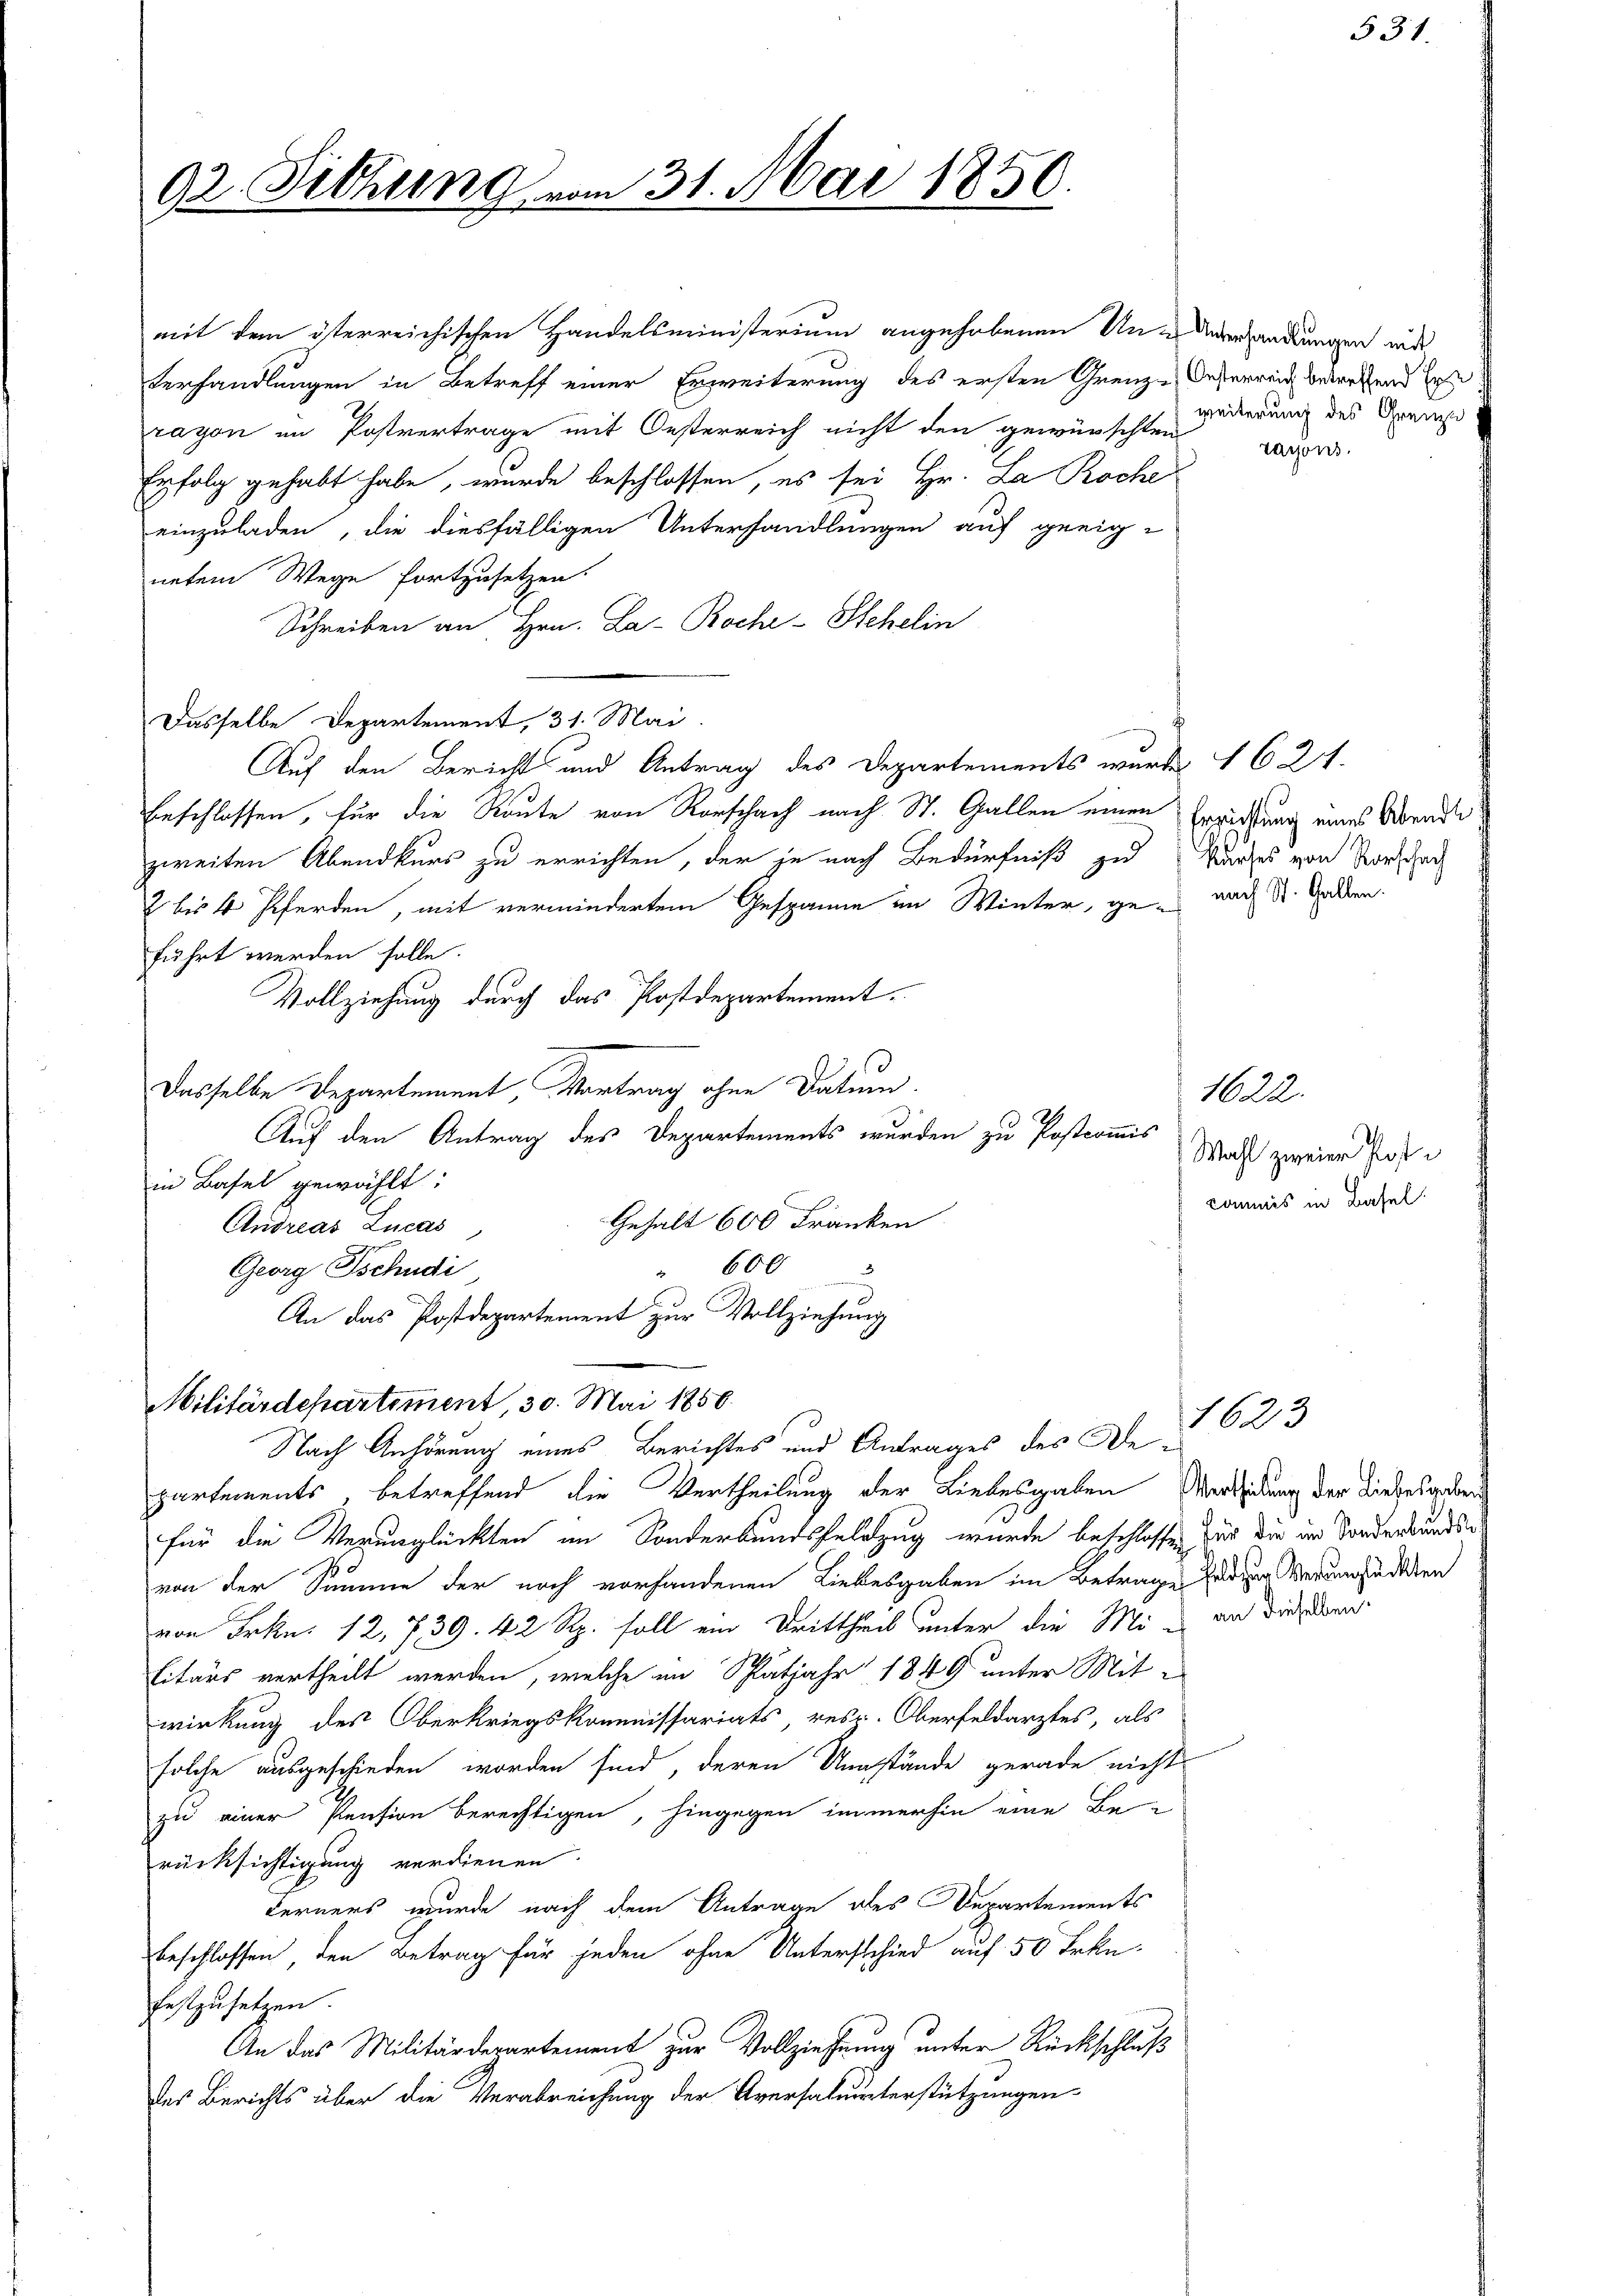
92. Sitzung vom 31. Mai 1850.

Nach Anhörung eines Berichtes und Antrages des Departements, betreffend die Vertheilung der Liebesgaben Vortheilung der Liebesgabends
für die Verunglückten im Sonderbundsfeldzug wurde beschlossen für die im Sonderbundsvon der Summe der noch vorhandenen Liebesgaben im Betrage herzug verungsredeten
von Frkn. 12. 739. 42 Rp. soll ein Drittheil unter die Mi- an diesen
Eitärs vertheilt werden, welche im Spätjahr 1849 unter Mit-
wirkung des Oberkriegskommissariats, resp. Oberfeldarztes, als
solche ausgeschieden worden sind, deren Umstände gerade nicht
zu einer Pension berechtigen, hingegen immerhin eine Be-
rücksichtigung verdienen.
Ferners wurde nach dem Antrage des Departements
beschlossen den Betrag für jeden ohne Unterschied auf 50 Frkn.
festzusetzen.
An das Militärdepartement zur Vollziehung unter Rückschluß
des Berichts über die Verabreichung der Aversaluunterstützungen

mit dem österreichischen Handelsministerium angehobenen Un-Ueberhandlungen mit
Verhandlungen in Betreff einer Erweiterung des ersten Grenze Seherreis betreffend he
rayon im Postvertrage mit Oesterreich nicht den gewünschten
Erfolg gehabt habe, wurde beschlossen, es sei Hr. La Roche
einzuladen, die diesfälligen Unterhandlungen auf geeig-
netem Wege fortzusetzen.
Schreiben an Hrn. La Boche-Stehelin
Dasselbe Departement, 31. Mai.
Auf den Berichts und Antrag des Departements wurde 1621.
Erschlossen, für die Route von Rorschach nach St. Gallen einen Erziehung eines Abende
zweiten Abendkurs zu errichten, der je nach Bedürfniß zu Handes von Vorsach
2 bis 4 Pferden, mit vermindertem Gespanne im Winter, ge-
führt werden solle.
Vollziehung durch das Postdepartement.
Dasselbe Departement, Vortrag ohne Datum.
Auf den Antrag des Departements wurden zu Postcommis
in Basel gewählt:
Gehalt 600 Franken
Andreas Lucas,
Georg Tschudi
d
6002
An das Postdepartement zur Vollziehung

Militärdepartement, 30. Mai 1850.

weiterung des Grenze
ragons.

1623

nach St. Gallen.

1622.
Wahl zweier Poste
kommes in Basel.

531.